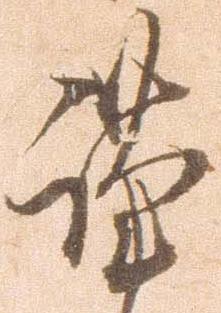
謹